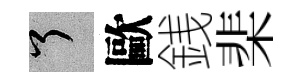
了歐銭棐